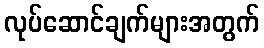
လုပ်ဆောင်ချက်များအတွက်